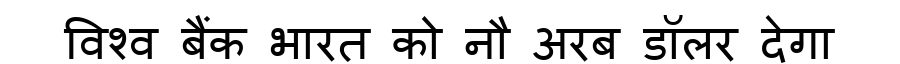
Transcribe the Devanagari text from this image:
विश्व बैंक भारत को नौ अरब डॉलर देगा